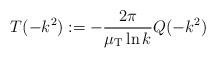
LaTeX: \begin{align*}T(-k^2) := -\frac{2\pi}{\mu_{\rm T}\ln k}Q(-k^2)\end{align*}